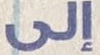
إلى